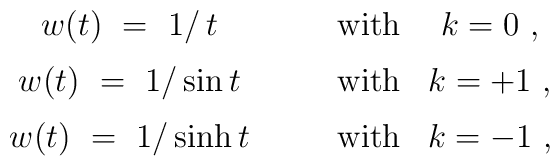
\begin{array}{cccc}  w(t)~=~1/\,t & \quad & \mbox{with} & k = 0~, \\[2mm]  w(t)~=~1/\sin t & \quad & \mbox{with} & k = +1~, \\[2mm]  w(t)~=~1/\sinh t & \quad & \mbox{with} & k = -1~, \end{array}